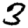
Digit: 3